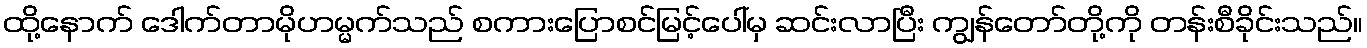
ထို့နောက် ဒေါက်တာမိုဟမ္မက်သည် စကားပြောစင်မြင့်ပေါ်မှ ဆင်းလာပြီး ကျွန်တော်တို့ကို တန်းစီခိုင်းသည်။